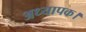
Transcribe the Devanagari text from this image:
अध्यापक।